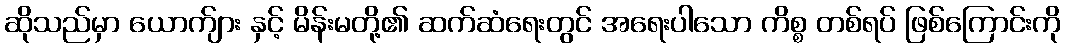
ဆိုသည်မှာ ယောက်ျား နှင့် မိန်းမတို့၏ ဆက်ဆံရေးတွင် အရေးပါသော ကိစ္စ တစ်ရပ် ဖြစ်ကြောင်းကို